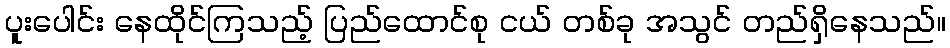
ပူးပေါင်း နေထိုင်ကြသည့် ပြည်ထောင်စု ငယ် တစ်ခု အသွင် တည်ရှိနေသည်။